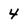
Character: 4